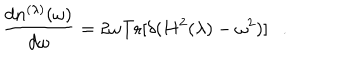
{ \frac { d n ^ { ( \lambda ) } ( \omega ) } { d \omega } } = 2 \omega \mathrm { T r } [ \delta ( H ^ { 2 } ( \lambda ) - \omega ^ { 2 } ) ] .